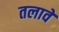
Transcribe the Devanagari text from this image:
तलावे